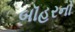
બૉહરનો